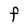
Character: F